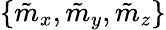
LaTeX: \{ \tilde{m}_{x},\tilde{m}_{y},\tilde{m}_{z}\}